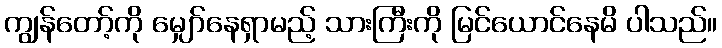
ကျွန်တော့်ကို မျှော်နေရှာမည့် သားကြီးကို မြင်ယောင်နေမိ ပါသည်။